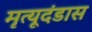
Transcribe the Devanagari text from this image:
मृत्यूदंडास